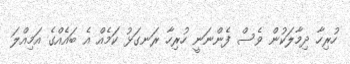
ހުރިހާ ދިމާލަކުން ވެސް ފެންނަނީ ހުރިހާ ރަނގަޅު ކަމެއް އެ ބައެއްގެ އަމިއްލަ